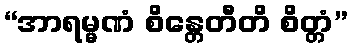
“အာရမ္မဏံ စိန္တေတီတိ စိတ္တံ”